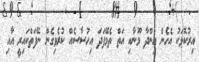
އިރުކޮޅަކު އެހެން އިންދާ މޫނާއި އަތް ތެމޭފަދަ އިހުސާސެއް ކުރެވިގެން ނޭފަތްކައިރީ އާއި